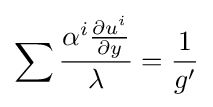
\sum {\frac {\alpha ^{i}{\frac {\partial u^{i}}{\partial y}}}{\lambda }}={\frac {1}{g'}}